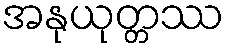
အနုယုတ္တဿ